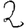
Digit: 2